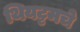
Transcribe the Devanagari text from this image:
थियट्टमचे